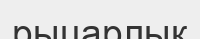
рыцарлық